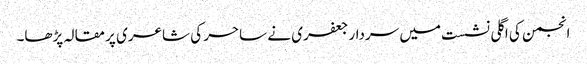
انجمن کی اگلی نشست میں سردار جعفری نے ساحر کی شاعری پر مقالہ پڑھا۔